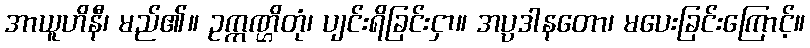
အာယူဟိနီ၊ မည်၏။ ဥက္ကဏ္ဌိတုံ၊ ပျင်းရိခြင်းငှာ။ အပ္ပဒါနတော၊ မပေးခြင်းကြောင့်။